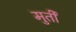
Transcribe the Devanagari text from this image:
मुर्तीं